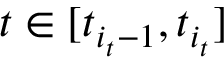
t \in [ t _ { i _ { t } - 1 } , t _ { i _ { t } } ]